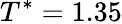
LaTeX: T^{*}=1.35